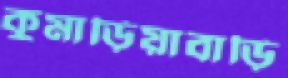
কুমাড়িয়াবাড়ি